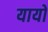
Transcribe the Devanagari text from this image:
यायो